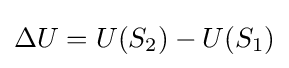
\Delta U=U(S_{2})-U(S_{1})